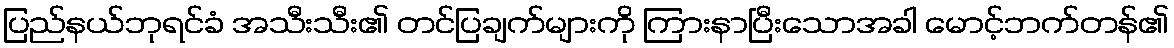
ပြည်နယ်ဘုရင်ခံ အသီးသီး၏ တင်ပြချက်များကို ကြားနာပြီးသောအခါ မောင့်ဘက်တန်၏